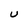
Character: U